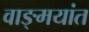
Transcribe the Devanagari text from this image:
वाङ्मयांत